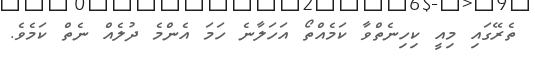
ތެރޭގައި މިއީ ކިހިނެތްވާ ކަމެއްތޯ އަހަލާނެ ހަމަ އެންމެ ދުލެއް ނެތް ކަމެވެ.